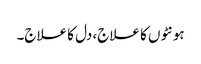
ہونٹوں کا علاج، دل کا علاج۔